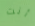
أنت